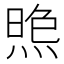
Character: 𱫥